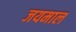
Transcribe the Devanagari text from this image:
जयमाल